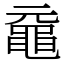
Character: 黿